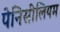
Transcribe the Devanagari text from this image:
पेनिसीलियम